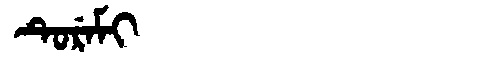
Manchu: ᡨᡠᡵᡝᠮᡳ
Romanization: TUREMI